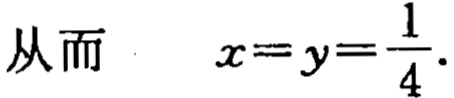
从而 \[x = y = \frac{1}{4}.\]